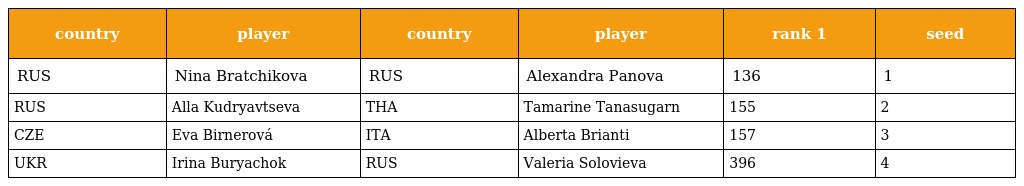
| country | player | country | player | rank 1 | seed |
 | --- | --- | --- | --- | --- | --- |
 | RUS | Nina Bratchikova | RUS | Alexandra Panova | 136 | 1 |
 | RUS | Alla Kudryavtseva | THA | Tamarine Tanasugarn | 155 | 2 |
 | CZE | Eva Birnerová | ITA | Alberta Brianti | 157 | 3 |
 | UKR | Irina Buryachok | RUS | Valeria Solovieva | 396 | 4 |